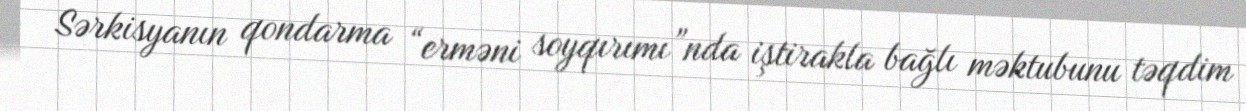
Sərkisyanın qondarma “erməni soyqırımı”nda iştirakla bağlı məktubunu təqdim